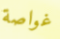
غواصة